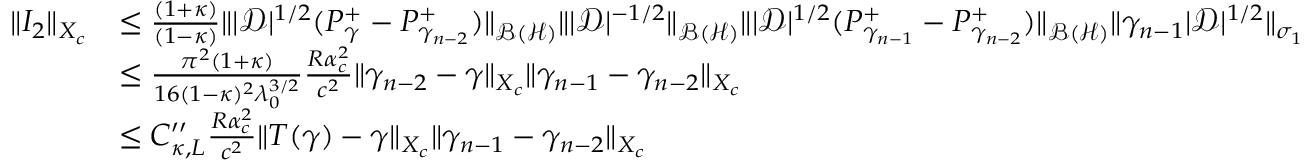
\begin{array} { r l } { \| I _ { 2 } \| _ { X _ { c } } } & { \leq \frac { ( 1 + \kappa ) } { ( 1 - \kappa ) } \| | \mathcal D | ^ { 1 / 2 } ( P _ { \gamma } ^ { + } - P _ { \gamma _ { n - 2 } } ^ { + } ) \| _ { \mathcal { B } ( \mathcal { H } ) } \| | \mathcal D | ^ { - 1 / 2 } \| _ { \mathcal { B } ( \mathcal { H } ) } \| | \mathcal D | ^ { 1 / 2 } ( P _ { \gamma _ { n - 1 } } ^ { + } - P _ { \gamma _ { n - 2 } } ^ { + } ) \| _ { \mathcal { B } ( \mathcal { H } ) } \| \gamma _ { n - 1 } | \mathcal D | ^ { 1 / 2 } \| _ { \sigma _ { 1 } } } \\ & { \leq \frac { \pi ^ { 2 } ( 1 + \kappa ) } { 1 6 ( 1 - \kappa ) ^ { 2 } \lambda _ { 0 } ^ { 3 / 2 } } \frac { R \alpha _ { c } ^ { 2 } } { c ^ { 2 } } \| \gamma _ { n - 2 } - \gamma \| _ { X _ { c } } \| \gamma _ { n - 1 } - \gamma _ { n - 2 } \| _ { X _ { c } } } \\ & { \leq C _ { \kappa , L } ^ { \prime \prime } \frac { R \alpha _ { c } ^ { 2 } } { c ^ { 2 } } \| T ( \gamma ) - \gamma \| _ { X _ { c } } \| \gamma _ { n - 1 } - \gamma _ { n - 2 } \| _ { X _ { c } } } \end{array}